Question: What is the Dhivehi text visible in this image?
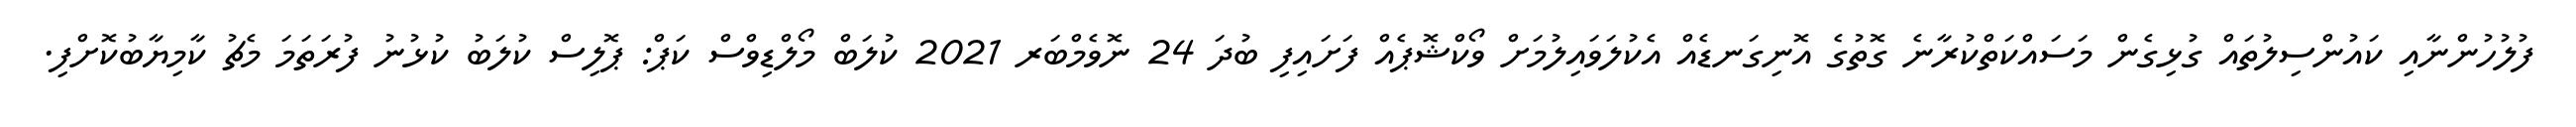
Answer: ފުލުހުންނާއި ކައުންސިލުތައް ގުޅިގެން މަސައްކަތްކުރާނެ ގޮތުގެ އޮނިގަނޑެއް އެކުލަވައިލުމަށް ވޯކްޝޮޕެއް ފަށައިފި ބުދަ 24 ނޮވެމްބަރ 2021 ކުލަބް މޯލްޑިވްސް ކަޕް: ޕޮލިސް ކުލަބު ކުޅުނު ފުރަތަމަ މެޗު ކާމިޔާބުކޮށްފި.